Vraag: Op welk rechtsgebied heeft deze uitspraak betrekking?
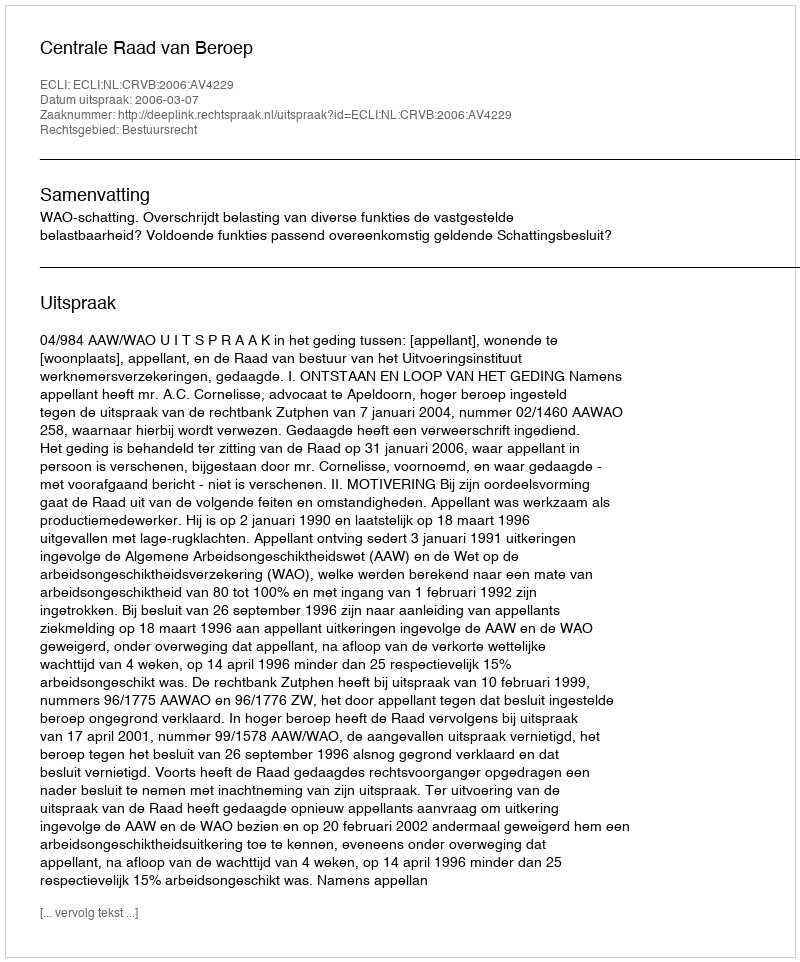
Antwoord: Bestuursrecht